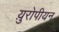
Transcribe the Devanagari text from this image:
य़ुरोपीयन